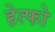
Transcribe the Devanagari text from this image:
हेत्फो